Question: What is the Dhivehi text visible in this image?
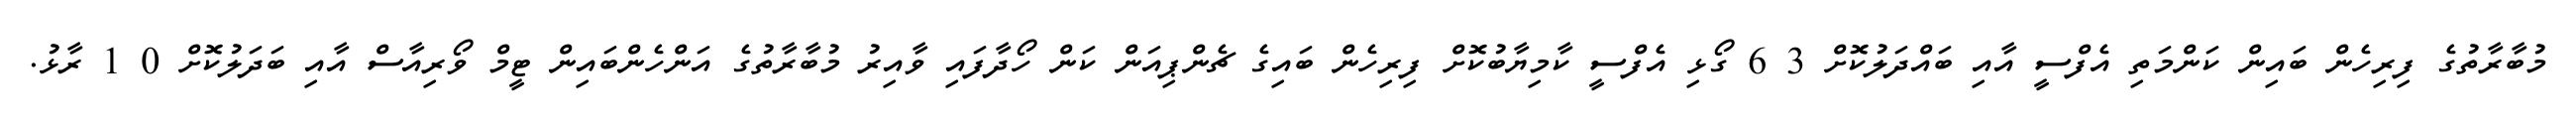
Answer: މުބާރާތުގެ ފިރިހެން ބައިން ކަންމަތި އެފްސީ އާއި ބައްދަލުކޮށް 3 6 ގޯޅި އެފްސީ ކާމިޔާބުކޮށް ފިރިހެން ބައިގެ ޗެންޕިއަން ކަން ހޯދާފައި ވާއިރު މުބާރާތުގެ އަންހެންބައިން ޓީމް ވޯރިއާސް އާއި ބަދަލުކޮށް 0 1 ރާޅު.